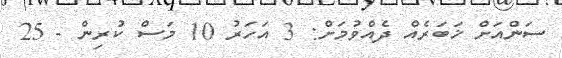
ސަންއަށް ޚަބަރެއް ދެއްވުމަށް: 3 އަހަރު 10 މަސް ކުރިން - 25